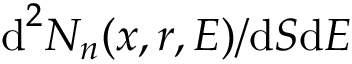
\textup d ^ { 2 } N _ { n } ( x , r , E ) / \textup d S \textup d E